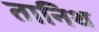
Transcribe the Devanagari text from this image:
तानिथ